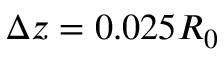
\Delta z = 0 . 0 2 5 R _ { 0 }